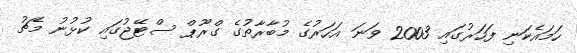
ހަމައެކަނި ފަހަރުގައި 2003 ވަނަ އަހަރުގެ މުބާރާތުގެ ގްރޫޕް ސްޓޭޖުގައި ކުޅުނު މެޗު